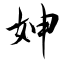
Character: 妽